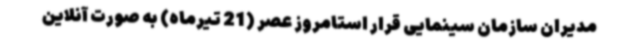
مدیران سازمان سینمایی قرار استامروز عصر (21 تیرماه) به صورت آنلاین